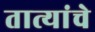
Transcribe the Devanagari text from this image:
तात्यांचे